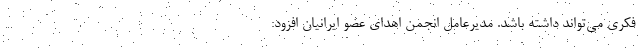
فکری می‌تواند داشته باشد. مدیرعامل انجمن اهدای عضو ایرانیان افزود: